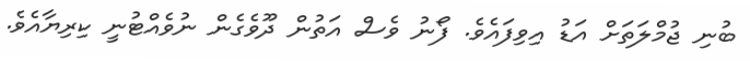
ބުނި ޖުމްލަތަށް އަޑު އިވިފައެވެ. ފޯނު ވެސް އަތުން ދޫވެގެން ނުވެއްޓުނީ ކިރިޔާއެވެ.